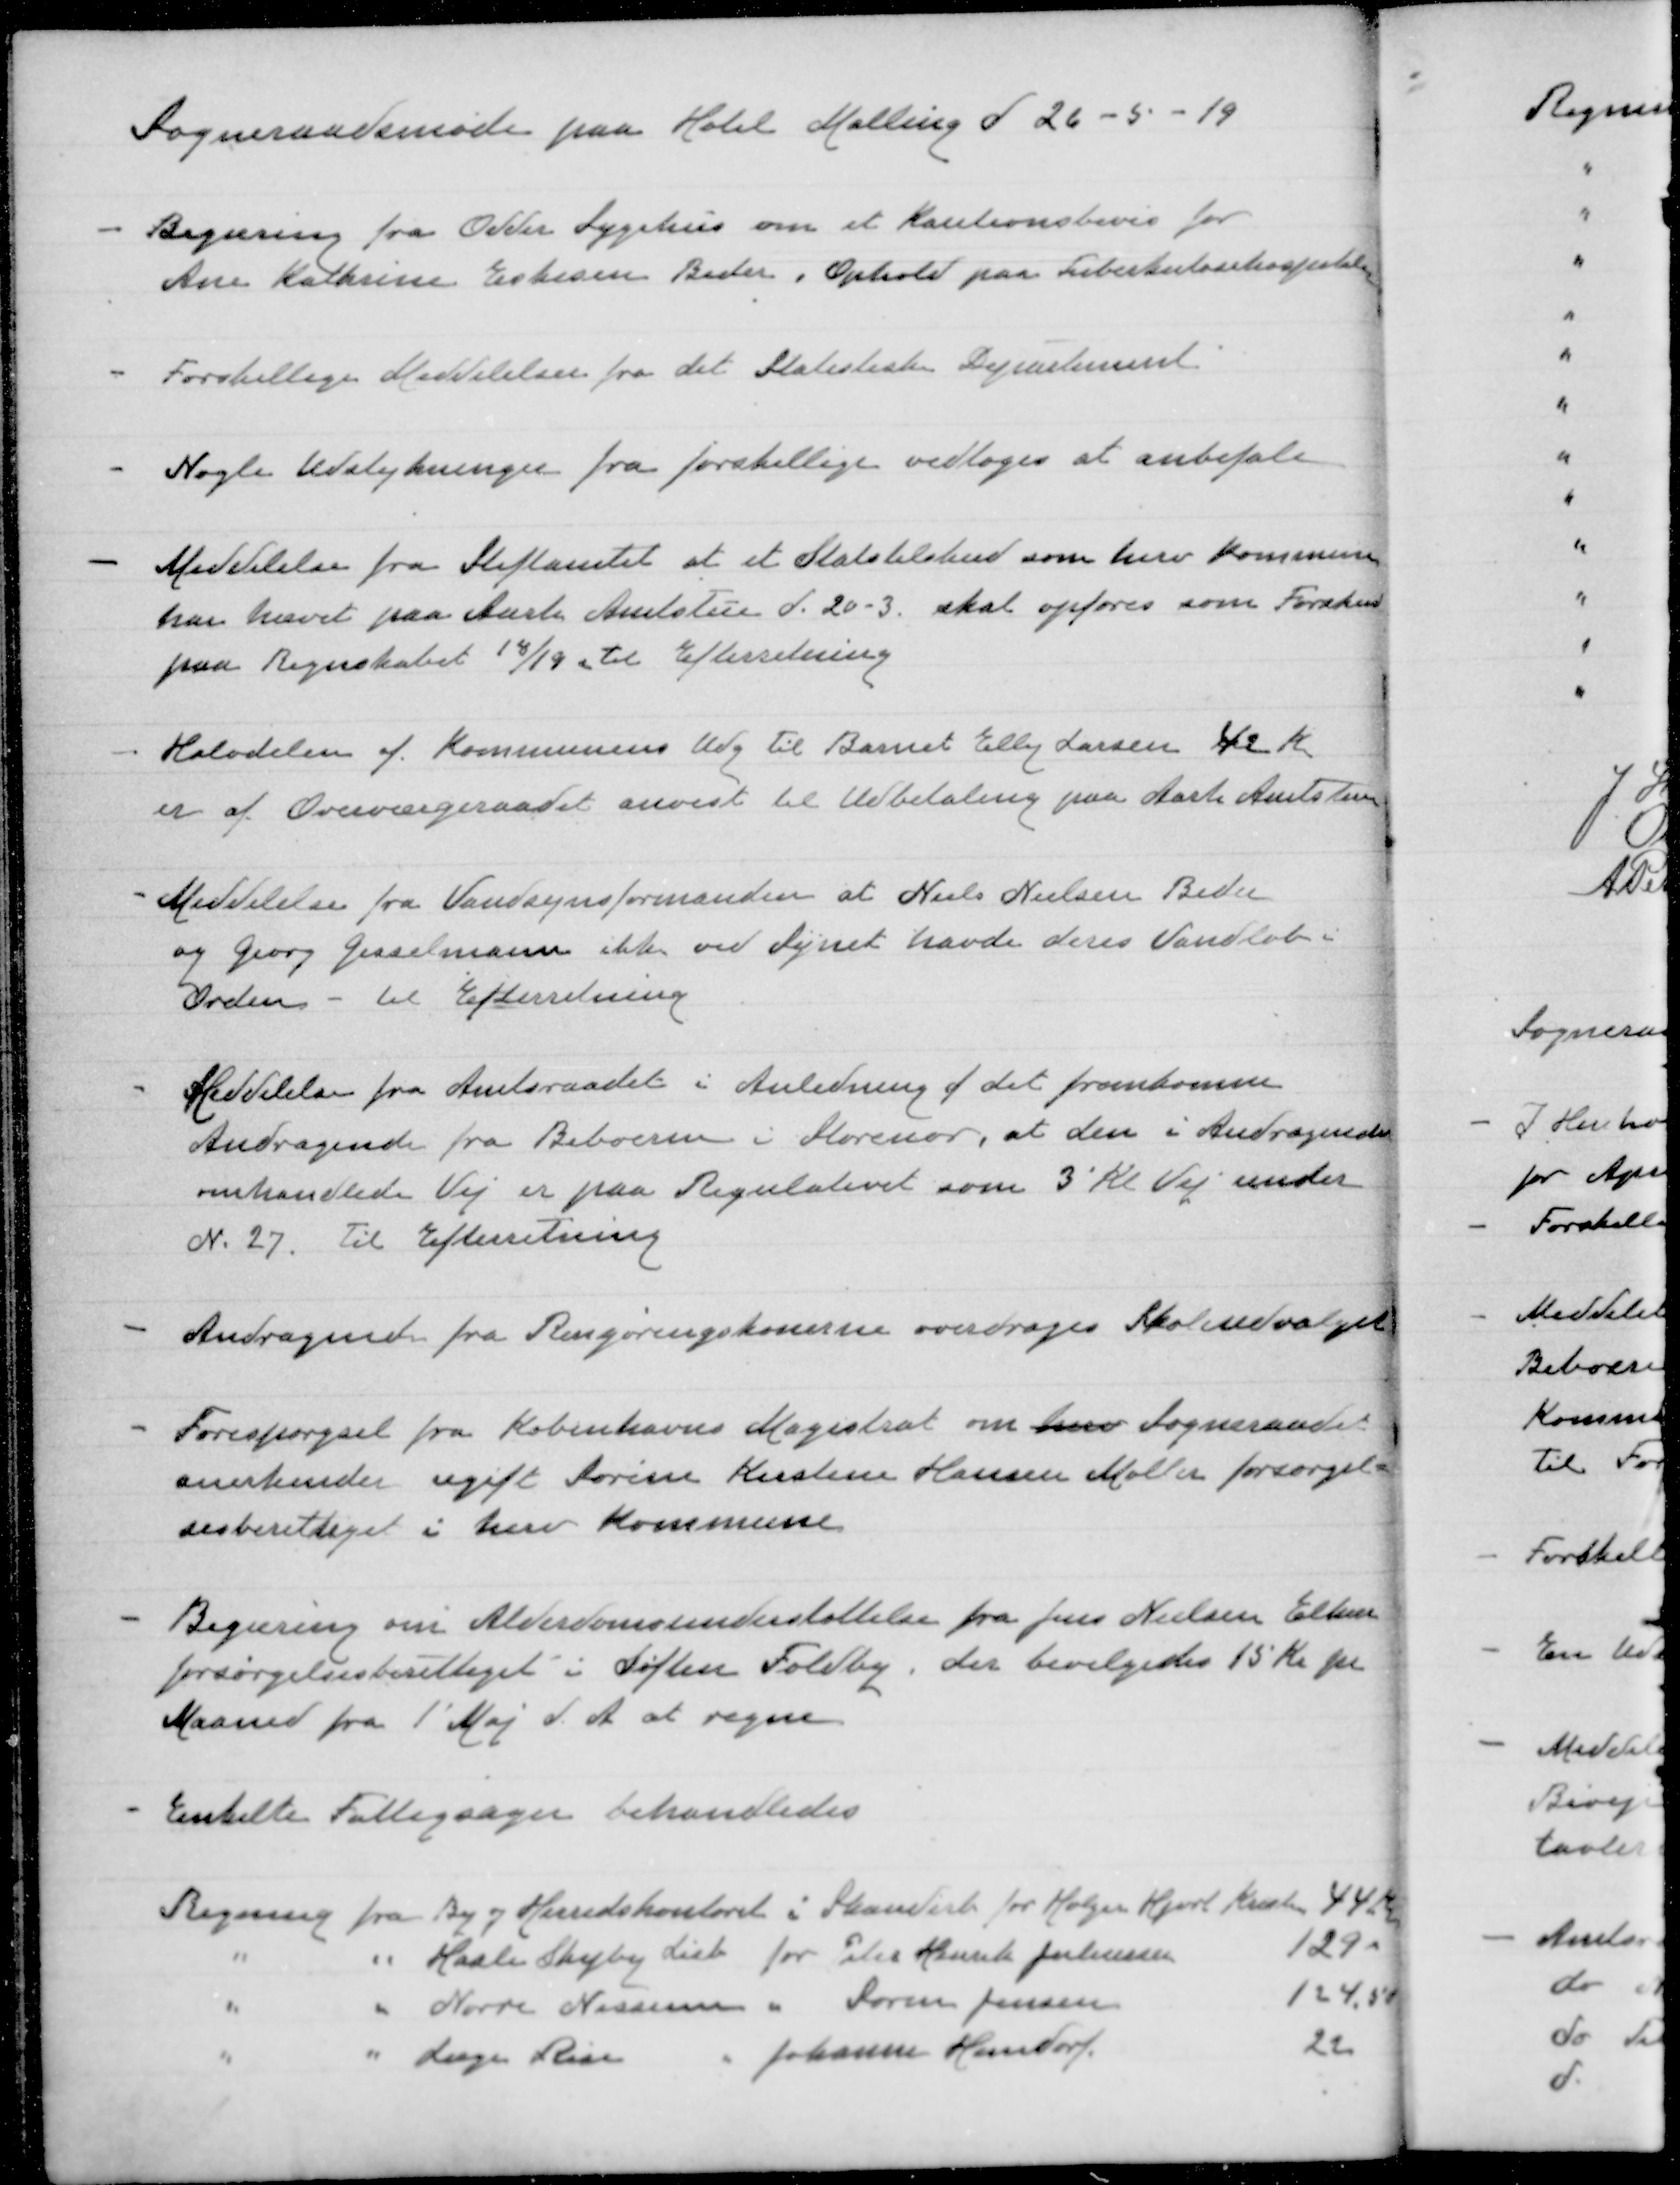
Transskription:
Sogneraadsmøde paa Hotel Malling d 26-5 -19

Begæring fra Odder Sygehus om et Kautionsbevis for
Ane Kathrine Eskesen Beder, Ophold paa Tuberkulosehospital

Forskellige Meddelelser fra det Statistiske Departement

Nogle udstykninger fra forskellige vedtoges at anbefale

Meddelelse fra Stiftamtet at et Statstilskud som herv Kommune
har hævet paa Aarh Amtstue d. 20-3 skal opføres som Forskud
paa Regnskabet 18/19, til Efterretning

Halvdelen af Kommunens Udg til Barnet Elly Larsen 42 K
er af Overværgeraadet anvist til udbetaling paa Aarh Amtstue

Meddelelse fra Vandsynsformanden at Niels Nielsen Beder
og Georg Gisselmann ikke ved synet havde deres vandløb i
orden - til Efterretning

Meddelelse fra Amtsraadet i Anledning af det fremkomne
Andragende fra Beboerne i Storenor, at den i Andragende
omhandlede Vej er paa Regulativet som 3' Kl vej under
N. 27. Til Efterretning

Andragende fra Rengøringskonerne overdroges Skoleudvalget

Forespørgsel fra Københavns Magistrat om herv Sogneraadet
anerkender ugift Sørine Kirstine Hansen Møller forsørgel-
sesberettiget i herv Kommune

Begæring om Alderdomsunderstøttelse fra Jens Nielsen Elkær
forsørgelsesberettiget i Søften Foldby, der bevilgedes 15 Kr pr
Maaned fra 1' Maj d. A at regne

Enkelte Fattigsager behandledes